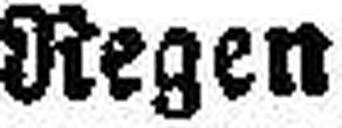
Regen